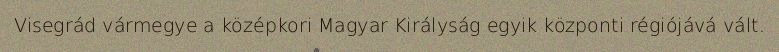
Visegrád vármegye a középkori Magyar Királyság egyik központi régiójává vált.